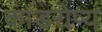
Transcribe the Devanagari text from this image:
कांडरोप्य